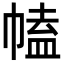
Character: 𢄍